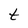
Character: t